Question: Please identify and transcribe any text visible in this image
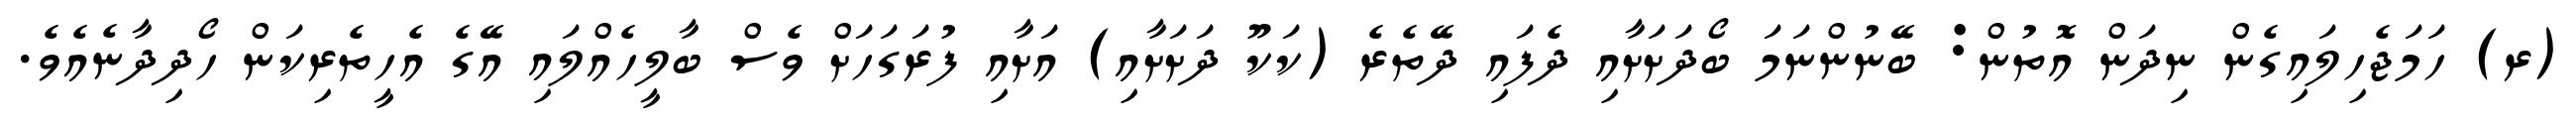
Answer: (ރ) ހަމަޖެހިލައިގެން ނިދަން އޮތުން: ބޭނުންނަމަ ބޯދަށަށާއި ދެފައި ދޭތެރެ (ކަކޫ ދަށަށާއި) އަށާއި ފުރަގަހަށް ވެސް ބާލީހެއްލައި އޭގެ އެހީތެރިކަން ހޯދިދާނެއެވެ.